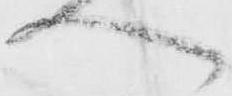
へ